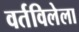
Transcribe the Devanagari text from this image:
वर्तविलेला